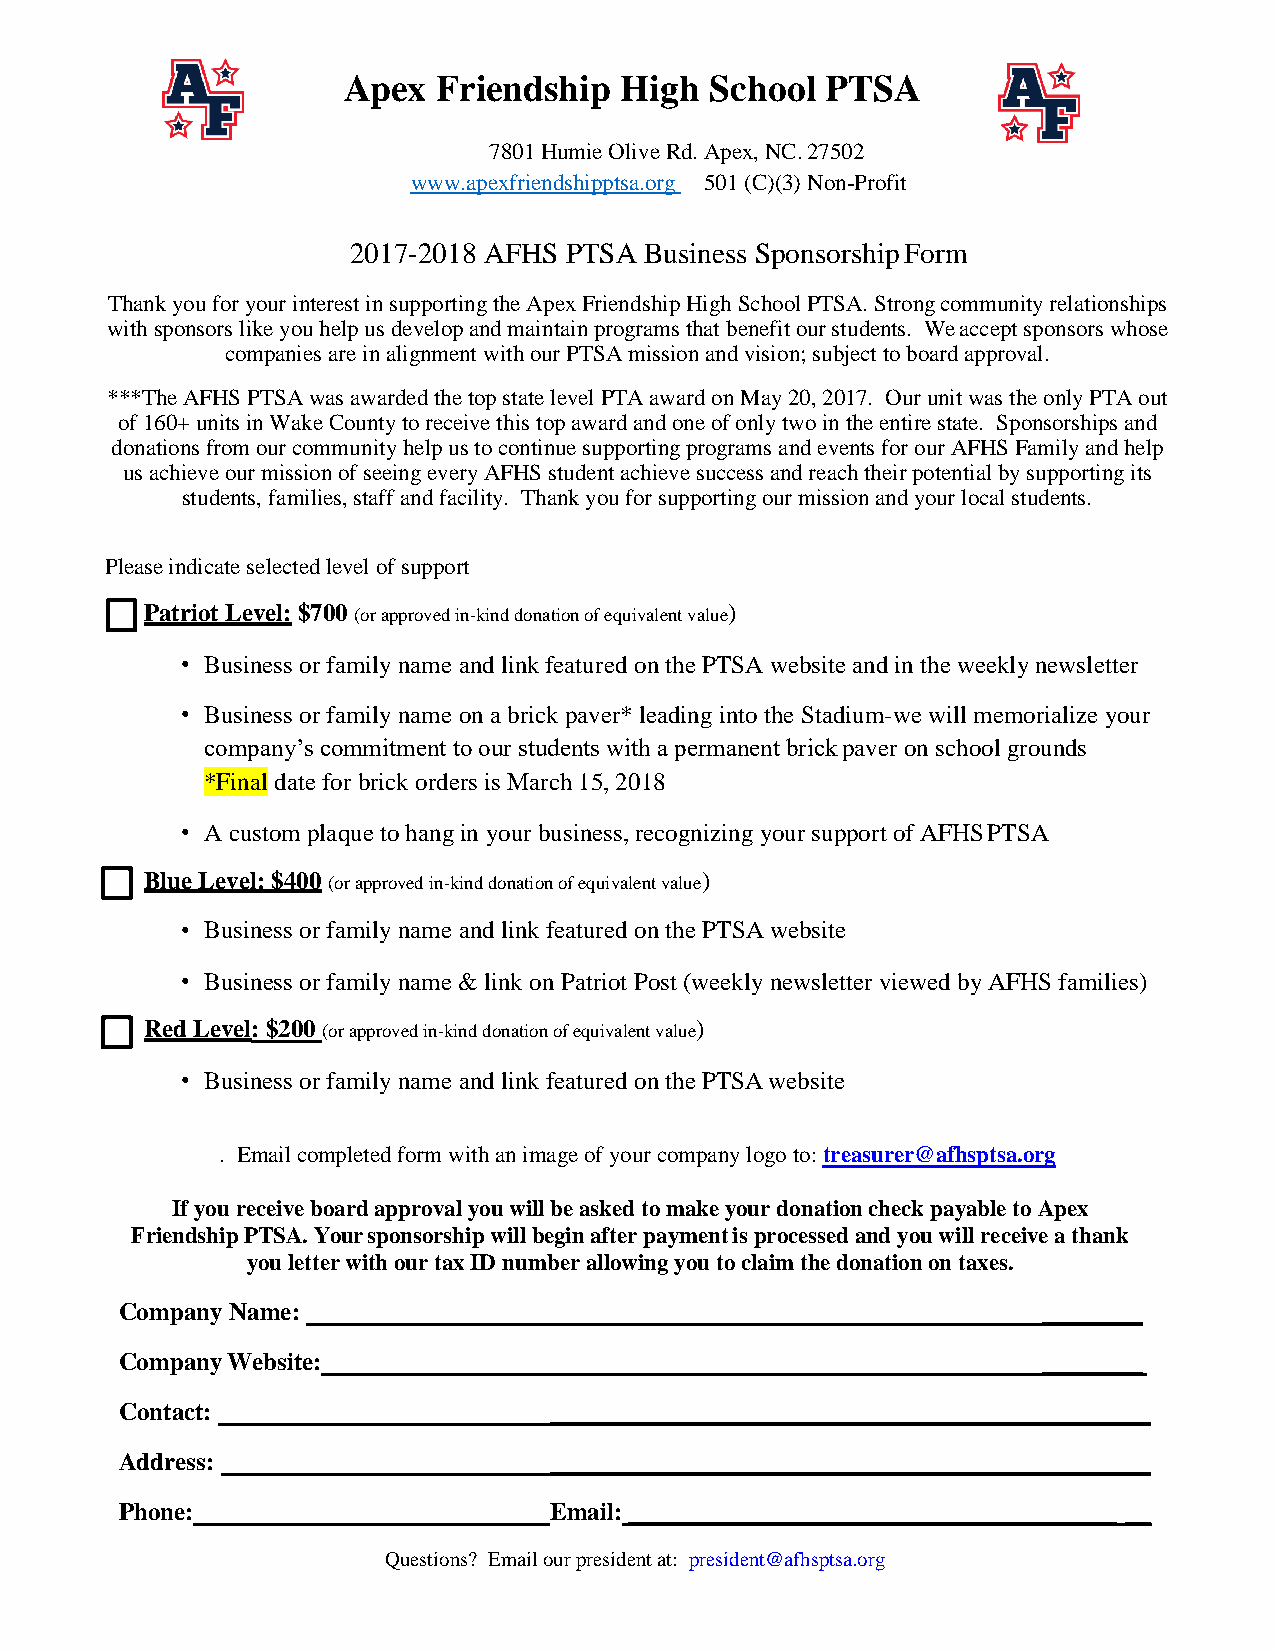
Apex  Friendship  High  School  PTSA
 7801 Humie Olive Rd. Apex, NC. 27502
 www.apexfriendshipptsa.org 501 (C)(3) Non-Profit
 2017-2018 AFHS PTSA Business Sponsorship Form
 Thank you for your interest in supporting the Apex Friendship High School PTSA. Strong community relationships
 with sponsors like you help us develop and maintain programs that benefit our students. We accept sponsors whose
 companies are in alignment with our PTSA mission and vision; subject to board approval.
 ***The AFHS PTSA was awarded the top state level PTA award on May 20, 2017. Our unit was the only PTA out
 of 160+ units in Wake County to receive this top award and one of only two in the entire state. Sponsorships and
 donations from our community help us to continue supporting programs and events for our AFHS Family and help
 us achieve our mission of seeing every AFHS student achieve success and reach their potential by supporting its
 students, families, staff and facility. Thank you for supporting our mission and your local students.
 Please indicate selected level of support
 Patriot Level: $700 (or approved in-kind donation of equivalent value)
 • Business or family name and link featured on the PTSA website and in the weekly newsletter
 • Business or family name on a brick paver* leading into the Stadium-we will memorialize your
 company’s commitment to our students with a permanent brick paver on school grounds
 *Final date for brick orders is March 15, 2018
 • A custom plaque to hang in your business, recognizing your support of AFHS PTSA
 Blue Level: $400 (or approved in-kind donation of equivalent value)
 • Business or family name and link featured on the PTSA website
 • Business or family name & link on Patriot Post (weekly newsletter viewed by AFHS families)
 Red Level: $200 (or approved in-kind donation of equivalent value)
 • Business or family name and link featured on the PTSA website
 . Email completed form with an image of your company logo to: treasurer@afhsptsa.org
 If you receive board approval you will be asked to make your donation check payable to Apex
 Friendship PTSA. Your sponsorship will begin after payment is processed and you will receive a thank
 you letter with our tax ID number allowing you to claim the donation on taxes.
 Company Name:                                                ________
 Company Website:                                             ________
 Contact:                    ________________________________________________
 Address:                    ________________________________________________
 Phone:                      Email: _______________________________________ __
 Questions? Email our president at: president@afhsptsa.org